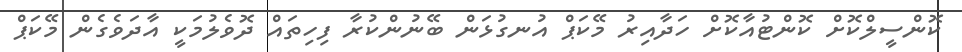
ކޮންސީލްކޮށް ކޮންޓުއާކޮށް ހަދާއިރު މޭކަޕް އުނގުޅަން ބޭނުންކުރާ ފިހިތައް ދޮވެލުމަކީ އާދަވެގެން މޭކަޕް